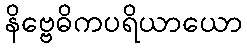
နိဗ္ဗေဓိကပရိယာယော